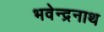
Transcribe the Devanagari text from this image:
भवेन्द्रनाथ